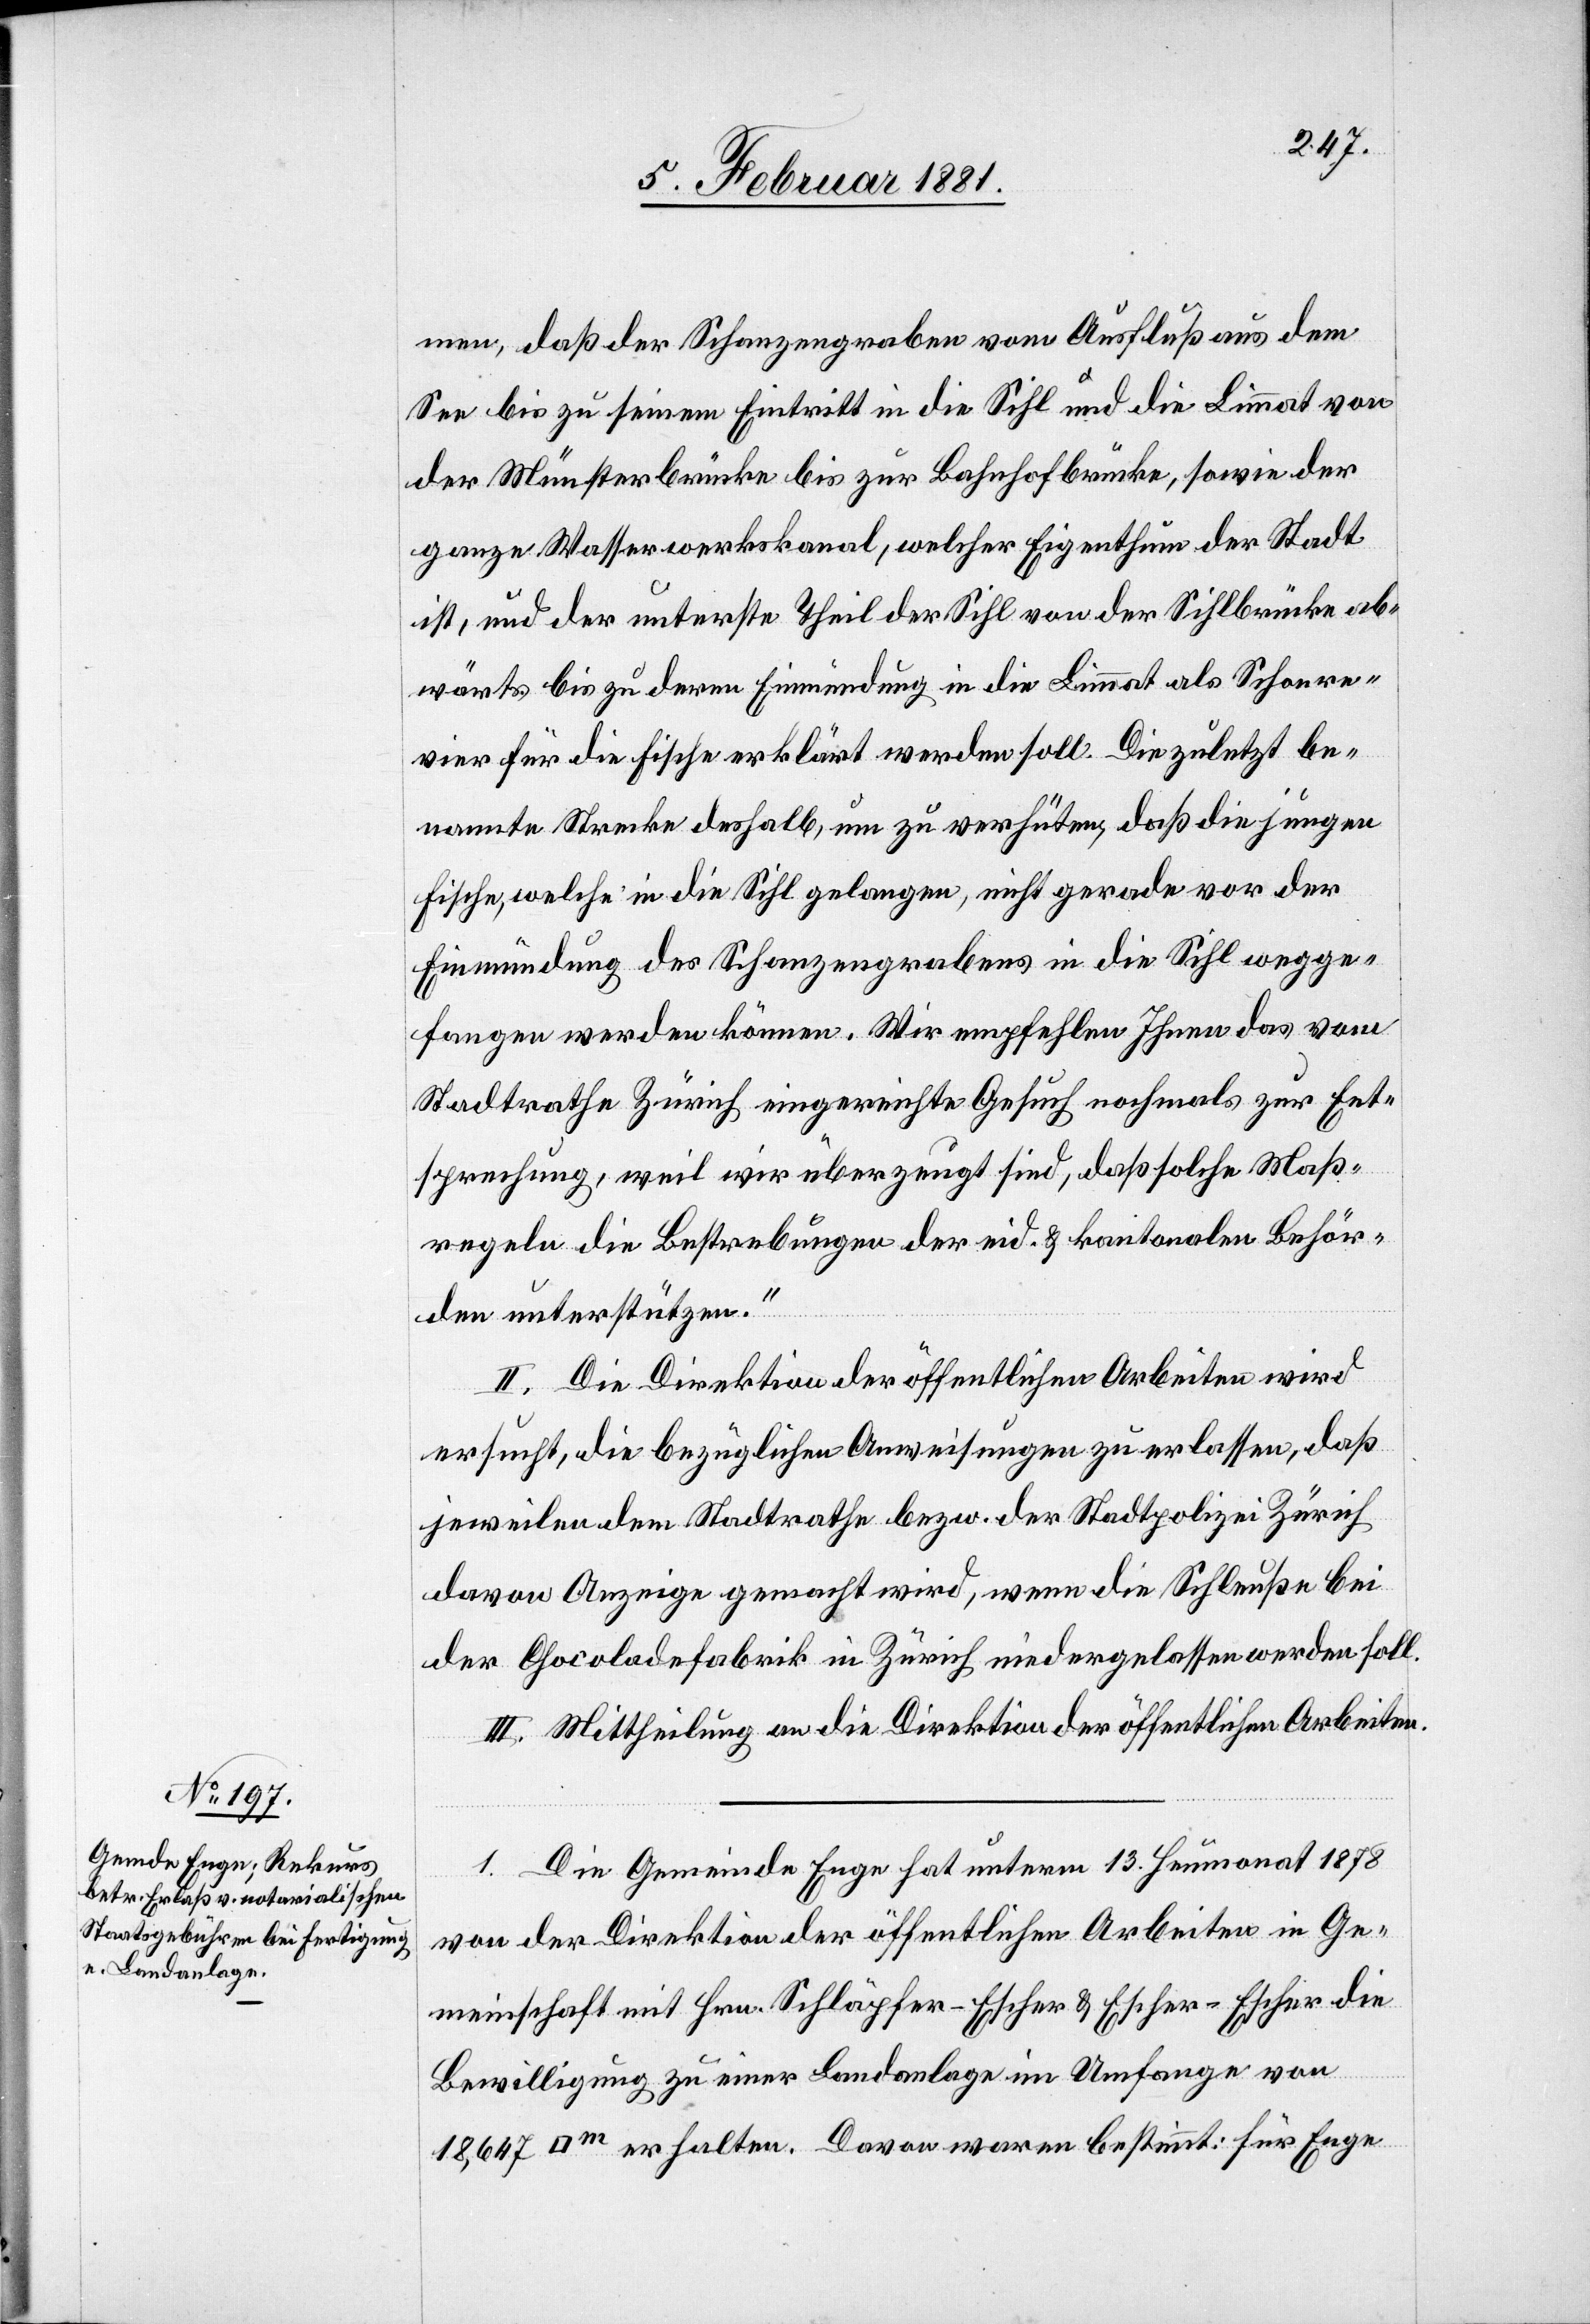
men, daß der Schanzengraben vom Ausfluß aus dem
See bis zu seinem Eintritt in die Sihl und die Limmat von
der Münsterbrücke bis zur Bahnhofbrücke, sowie der
ganze Wasserwerkskanal, welcher Eigenthum der Stadt
ist, und der unterste Theil der Sihl von der Sihlbrücke ab¬
wärts bis zu deren Einmündung in die Limmat als Schonre¬
vier für die Fische erklärt werden soll. Die zuletzt be¬
nannte Strecke deshalb, um zu verhüten, daß die jungen
Fische, welche in die Sihl gelangen, nicht gerade vor der
Einmündung des Schanzengrabens in die Sihl wegge¬
fangen werden können. Wir empfehlen Ihnen das vom
Stadtrathe Zürich eingereichte Gesuch nochmals zur Ent¬
sprechung, weil wir überzeugt sind, daß solche Maß¬
regeln die Bestrebungen der eid. & kantonalen Behör¬
den unterstützen.“
II. Die Direktion der öffentlichen Arbeiten wird
ersucht, die bezüglichen Ausweisungen zu erlassen, daß
jeweilen dem Stadtrathe bezw. der Stadtpolizei Zürich
davon Anzeige gemacht wird, wenn die Schleuße bei
der Chocolade[n]fabrik in Zürich niedergelassen werden soll.
III. Mittheilung an die Direktion der öffentlichen Arbeiten.
1. Die Gemeinde Enge hat unterm 13. Heumonat 1878
von der Direktion der öffentlichen Arbeiten in Ge¬
meinschaft mit Hrn. Schläpfer-Escher & Escher-Escher die
Bewilligung zu einer Landanlage im Umfange von
18,647 [Quadratmeter] erhalten. Davon waren bestimmt: für Enge